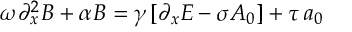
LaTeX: \omega \partial _ { x } ^ { 2 } B + \alpha B = \gamma \left[ \partial _ { x } E - \sigma A _ { 0 } \right] + \tau \, a _ { 0 }